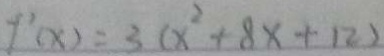
f ^ { \prime } ( x ) = 3 ( x ^ { 2 } + 8 x + 1 2 )